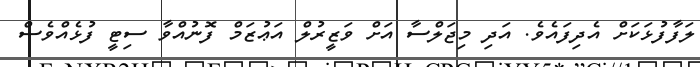
ލަފާފުޅަކަށް އެދިފައެވެ. އަދި މިޖަލްސާ އަށް ވަޒީރުލް އަޢުޒަމް ފޮނުއްވާ ސިޓީ ފުޅެއްވެސް